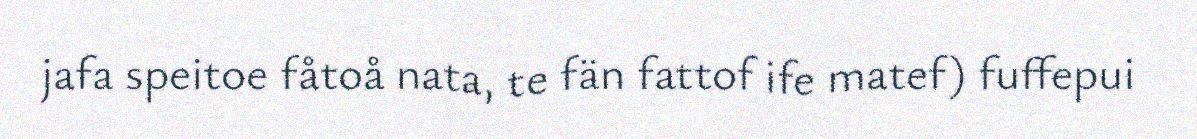
jafa speitoe fåtoå nata, te fän fattof ife matef) fuffepui